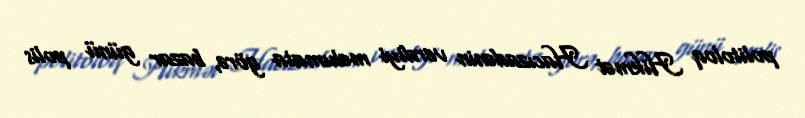
politoloq Hikmət Hacızadənin verdiyi məlumata görə, bazar günü polis